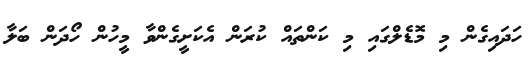
ހަދައިގެން މި މޮޑެލްގައި މި ކަންތައް ކުރަން އެކަށީގެންވާ މީހުން ހޯދަން ބަލާ